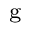
_ \mathrm { g }